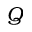
Q